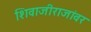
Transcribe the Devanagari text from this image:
शिवाजीराजांवर